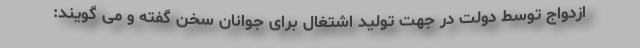
ازدواج توسط دولت در جهت تولید اشتغال برای جوانان سخن گفته و می گویند: